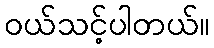
၀ယ်သင့်ပါတယ်။